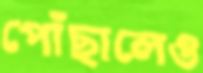
পোঁছালেও